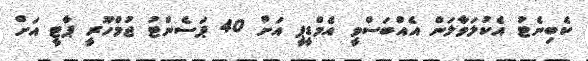
ކެބިނެޓު އެކުލަވާލަން އެއްބަސްވީ އެމްޑީޕީ އަށް 40 ޕަސެންޓު ޖުމްހޫރީ ޕާޓީ އަށް